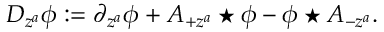
D _ { z ^ { a } } \phi : = \partial _ { z ^ { a } } \phi + A _ { + z ^ { a } } \star \phi - \phi \star A _ { - z ^ { a } } .